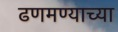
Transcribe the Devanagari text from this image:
ढणमण्याच्या